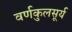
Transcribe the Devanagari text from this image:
वर्णकुलसूर्य